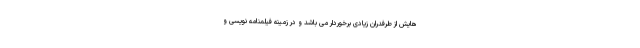
هایش از طرفدران زیادی برخوردار می باشد و در زمینه فیلمنامه نویسی و